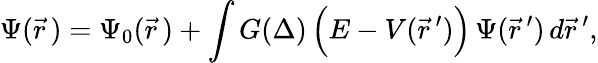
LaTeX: \Psi(\vec{r}\, )=\Psi_{0}(\vec{r}\, )+\int G(\Delta)\, \Bigl(E-V(\vec{r}\, ^{\prime})\Bigr)\, \Psi(\vec{r}\, ^{\prime})\, d\vec{r}\, ^{\prime},